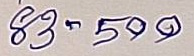
83 - 500